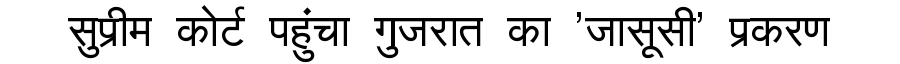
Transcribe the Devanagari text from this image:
सुप्रीम कोर्ट पहुंचा गुजरात का 'जासूसी' प्रकरण